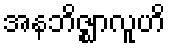
အနဘိဇ္ဈာလူဟိ